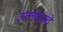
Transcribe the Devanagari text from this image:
उल्लंघनांचे